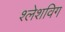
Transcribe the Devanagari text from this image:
श्लेशविग